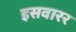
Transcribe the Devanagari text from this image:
इसवारर